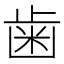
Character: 歯